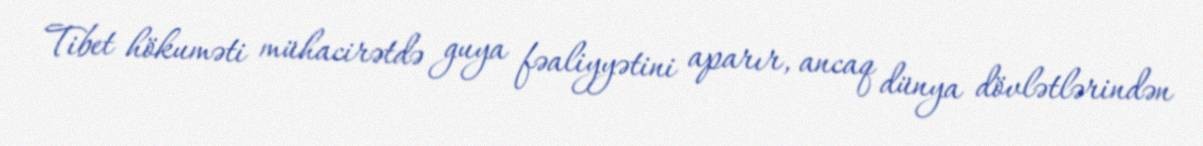
Tibet hökuməti mühacirətdə guya fəaliyyətini aparır, ancaq dünya dövlətlərindən